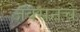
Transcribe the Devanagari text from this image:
जॅक्सनचे